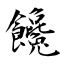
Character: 饞